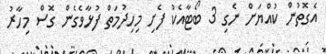
އެގޮތުން ކުއްޔަށް ނެގި 3 ބޯޓާއެކު ފެށި މިހިދުމަތް ފުޅާވެގެން ގޮސް މިހާރު